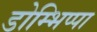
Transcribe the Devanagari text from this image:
डोम्भिप्पा